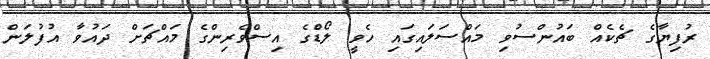
ރުފިޔާގެ ޗެކެއް ބައުންސުވި މައްސަލައިގައި ހެވީ ލޯޑްގެ އިސްވެރިންގެ މައްޗަށް ދައުވާ އުފުލަން